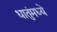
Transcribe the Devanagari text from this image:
धातुंमध्ये